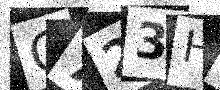
Text: G723HT